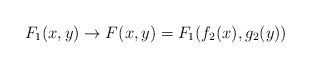
\begin{align*}F_1(x, y) \to F(x, y)=F_1(f_2(x), g_2(y))\end{align*}